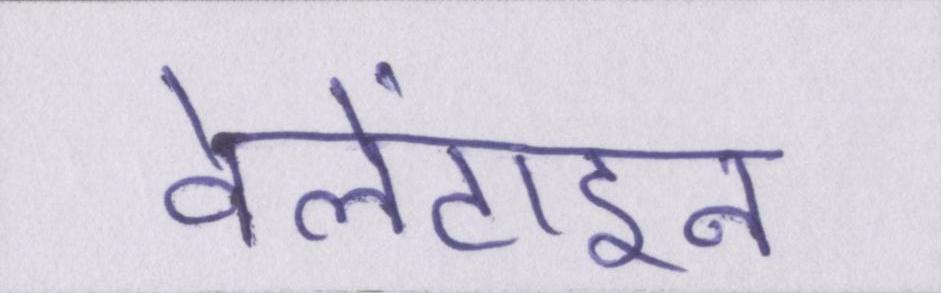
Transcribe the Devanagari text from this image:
वेलेंटाइन